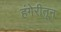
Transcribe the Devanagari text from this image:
हंगेरीतून